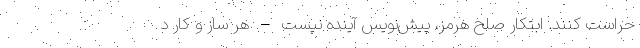
حراست کنند. ابتکار صلح هرمز، پیش‌نویس آینده نیست – هر ساز و کار د